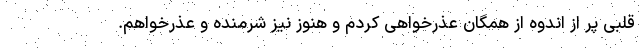
قلبی پر از اندوه از همگان عذرخواهی کردم و هنوز نیز شرمنده و عذرخواهم.